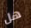
هل